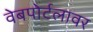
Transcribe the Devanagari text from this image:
वेबपोर्टलावर